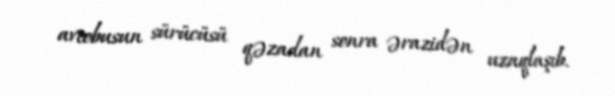
avtobusun sürücüsü qəzadan sonra ərazidən uzaqlaşıb.